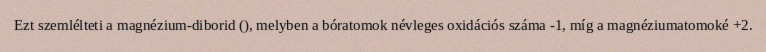
Ezt szemlélteti a magnézium-diborid (), melyben a bóratomok névleges oxidációs száma -1, míg a magnéziumatomoké +2.